Report on vaccination in Madras 1877-1894 - 1877-1894
Year: 1877
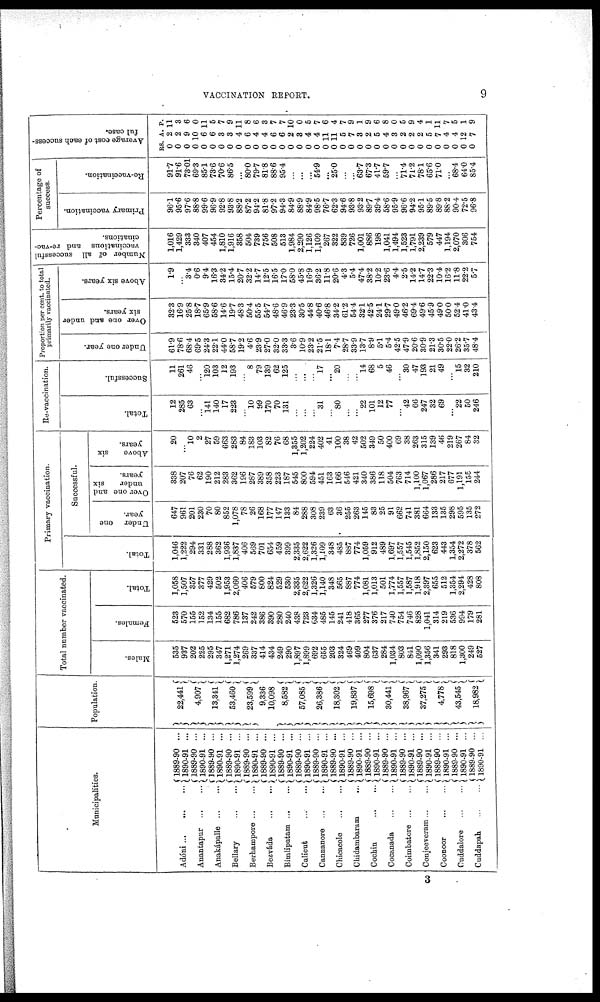
VACCINATION REPORT.
9
Municipalities.
Adóni
...
...
...
Anantapur
...
...
Anakápalle
...
...
Bellary
...
...
Berhampore
...
...
Bezváda
...
...
Bimlipatam
...
...
Calicut
...
...
Cannanore
...
...
Chicacole
...
...
Chidambaram
...
Cochin
...
...
Cocanada
...
...
Coimbatore
...
...
Conjeeveram
...
...
Coonoor ... ...
Cuddalore
...
...
Cuddapah
...
...
1889-90 ...
1890-91 ...
1889-90 ...
1890-91 ...
1889-90 ...
1890-91 ...
1889-90 ...
1890-91 ...
1889-90 ...
1890-91 ...
1889-90 ...
1890-91 ...
1889-90 ...
1890-91 ...
1889-90 ...
1890-91 ...
1889-90 ...
1890-91 ...
1889-90 ...
1890-91 ...
1889-90 ...
1890-91 ...
1889-90 ...
1890-91 ...
1889-90 ...
1890-91 ...
1889-90 ...
1890-91 ...
1889-90 ...
1890-91 ...
1889-90 ...
1890-91 ...
1889-90 ...
1890-91 ...
1889-90 ...
1890-91 ...
Population.
22,441
4,907
13,341
53,460
23,599
9,336
10,098
8,582
57,085
26,386
18,302
19,837
15,698
30,441
38,967
37,275
4,778
43,545
18,982
Total number vaccinated.
Males.
535
937
202
225
295
347
1,271
1,274
269
337
414
434
249
290
1,897
1,899
692
655
203
324
469
409
804
637
284
1,034
803
841
1,090
1,356
341
293
818
1,300
249
527
Females.
523
570
155
152
134
155
682
786
137
242
386
390
280
240
438
23
634
485
145
241
418
365
277
376
217
740
754
746
828
1,041
314
219
536
994
179
281
Total.
1,058
1,507
357
377
429
502
1,953
2,060
406
579
800
824
529
530
2,335
2,622
1,326
1,140
348
565
887
774
1,081
1,013
501
1,774
1,557
1,587
1,918
2,397
655
512
1,354
2,294
428
808
Primary vaccination.
Total.
1,046
1,222
294
331
288
362
1,936
1,837
406
569
701
654
459
399
2,335
2,622
1,326
1,109
348
485
887
774
1,059
912
489
1,697
1,557
1,545
1,852
2,150
623
443
1,354
2,272
378
562
Successful.
Under one
year.
647
961
201
230
70
80
852
1,078
78
26
168
177
147
133
84
288
308
239
63
36
255
263
145
83
25
91
662
741
381
664
133
135
298
595
135
272
Over one and
under
six
years.
338
207
76
62
190
212
283
362
196
287
389
358
223
187
545
800
594
451
163
166
546
421
340
386
118
504
763
714
1,100
1,067
286
217
677
1,191
155
244
Above
six
years.
20
...
10
2
27
59
663
283
84
183
103
82
76
68
1,355
1,202
224
402
41
100
38
42
502
349
50
400
69
38
263
315
139
46
219
267
84
32
Re-vaccination.
Tot al .
12
285
63
...
141
140
17
223
...
10
99
170
70
131
...
...
...
31
...
80
...
...
22
101
12
77
...
42
66
247
32
69
...
22
50
246
Succes s f
ul .
11
261
46
...
120
103
12
193
...
8
79
139
62
125
...
...
...
l7
...
20
...
...
l4
68
5
46
...
30
47
193
21
49
...
15
32
210
Proportion per cent. to total
primarily vaccinated.
Under one year.
61.9
78.6
68.4
69.5
24.3
22.1
44.0
58.7
19.2
4.6
23.9
27.0
32.0
33.3
3.6
10.9
23.2
21.5
18.1
7.4
28.7
33.9
13.7
8.9
5.1
5.4
42.5
47.9
20.6
30.9
21.3
30.5
22.0
26.2
35.7
48.4
Over one and under
six years.
32.3
16.9
25.8
18.7
65.9
58.6
14.6
19.7
48.3
50.4
55.5
54.7
48.6
46.9
23.3
30.5
44.8
40.6
46.8
34.2
61.2
54.4
32.1
42.5
24.1
29.7
49.0
46.2
69.4
49.6
45.9
49.0
50.0
52.4
41.0
43.4
Above six years.
1.9
...
3.4
0.6
9.4
16.3
34.2
15.4
20.7
32.2
14.7
12.5
16.5
17.0
58.0
45.8
16.9
36.2
11.8
20.6
4.3
5.4
47.4
38.2
10.2
23.6
4.4
2.5
14.2
14.7
22.3
10.4
16.2
11.8
22.2
5.7
Number of all successful
vaccinations and re-vac-
cinations.
1,016
1,429
333
340
407
454
1,810
1,916
358
504
739
756
508
513
1,984
2,290
1,126
1,109
267
322
839
726
1,001
886
198
1,041
1,494
1,523
1,791
2,239
579
447
1,194
2,070
306
754
Percentage of
success.
Primary vaccination.
96.1
95.6
97.6
88.8
99.6
96.9
92.8
93.8
88.2
87.2
94.2
81.8
97.2
94.3
84.9
88.9
84.9
98.5
76.7
62.3
94.6
93.8
93.2
89.7
39.4
58.6
95.9
96.6
94.2
95.1
89.5
89.8
88.2
90.4
72.5
96.8
Re-vaccination.
91.7
91.6
73.01
69.3
85.1
73.6
70.6
86.5
...
80.0
79.7
81.8
88.6
95.4
...
...
...
54.9
...
25.0
...
...
63.7
67.3
41.7
59.7
...
71.4
71.2
78.1
65.6
71.0
...
68.4
64.0
85.4
Average cost of each success-
ful case.
RS.
0
0
0
0
0
0
0
0
0
0
0
0
0
0
0
0
0
0
0
0
0
0
0
0
0
0
0
0
0
0
0
0
0
0
0
0
A.
2
2
9
10
6
6
3
3
4
6
4
4
6
6
2
3
4
4
11
11
5
7
3
2
5
4
3
2
2
2
5
7
4
4
12
7
P.
11
3
6
0
11
5
7
9
11
8
6
3
7
7
10
0
5
7
6
4
7
9
1
9
6
8
0
5
9
4
1
11
7
5
1
9
3